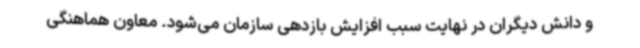
و دانش دیگران در نهایت سبب افزایش بازدهی سازمان می‌شود. معاون هماهنگی